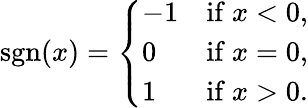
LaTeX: \operatorname{sgn}(x)={\left\{ \begin{array}{ll}{-1}&{{\mathrm{if~}}x<0,}\\ {0}&{{\mathrm{if~}}x=0,}\\ {1}&{{\mathrm{if~}}x>0.}\end{array}\right.}